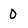
Character: O